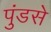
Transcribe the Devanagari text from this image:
पुंडसे